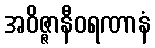
အဝိဇ္ဇာနီဝရဏာနံ